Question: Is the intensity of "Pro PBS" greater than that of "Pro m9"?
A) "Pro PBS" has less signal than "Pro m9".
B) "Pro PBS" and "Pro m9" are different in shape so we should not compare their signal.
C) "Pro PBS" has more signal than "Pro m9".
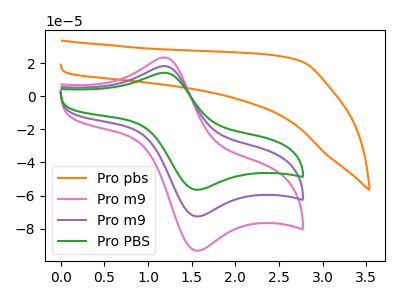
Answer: <think>The orange curve "Pro pbs" has no peaks. The pink curve "Pro m9" has an anodic peak at (1.20V, 36.35uA) and a cathodic peak at (1.60V, -145.15uA). The purple curve "Pro m9" has an anodic peak at (1.20V, 18.15uA) and a cathodic peak at (1.60V, -72.55uA). The green curve "Pro PBS" has an anodic peak at (1.20V, 14.15uA) and a cathodic peak at (1.60V, -56.45uA).
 All the peaks in "Pro PBS" have a peak in "Pro m9" at the same potential. Every peak in "Pro PBS" is lower than every peak in "Pro m9".</think>
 <answer>A) "Pro PBS" has less signal than "Pro m9".</answer>
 <eval>A</eval>